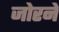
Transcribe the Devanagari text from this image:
जोरने